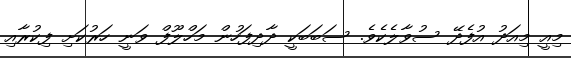
މިއީ މިއަދު އުފެދޭ ސުވާލެކެވެ. ސަބަބަކީ ދާދިފަހުން މަހްލޫފް ވަނީ ހަރުކަށި ފިކުރާއި